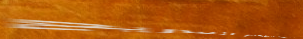
توصيل طلبات الطعام السريع